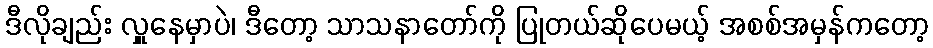
ဒီလိုချည်း လှူနေမှာပဲ၊ ဒီတော့ သာသနာတော်ကို ပြုတယ်ဆိုပေမယ့် အစစ်အမှန်ကတော့